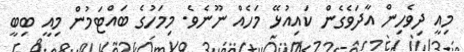
މިއީ ދިވެހިން އާދަވެގެން ކައިއުޅޭ މަހެއް ނޫނެވެ. މިމަހުގެ ބައްޓަމުން މިއީ ބިބީ